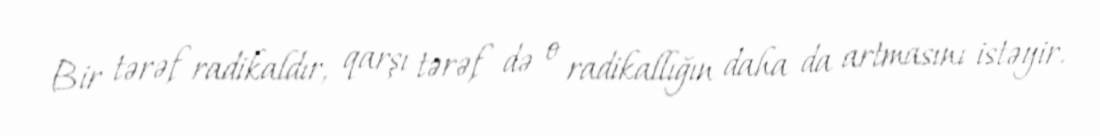
Bir tərəf radikaldır, qarşı tərəf də o radikallığın daha da artmasını istəyir.